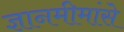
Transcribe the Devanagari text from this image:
ज्ञानमीमांसे